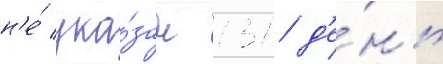
н'е́ ука́зан 131 д'е́нь